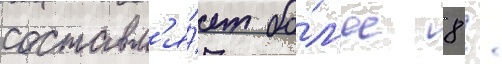
составл'я́ет бо́л'ее 8 /